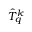
\hat { T } _ { q } ^ { k }